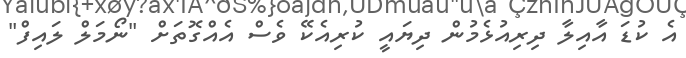
އެ ކުޑަ އާއިލާ ދިރިއުޅެމުން ދިޔައީ ކުރިއެކޭ ވެސް އެއްގޮތަށް "ނޯމަލް ލައިފް"